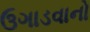
ઉગાડવાનો